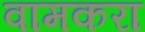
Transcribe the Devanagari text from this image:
वामकरा